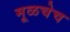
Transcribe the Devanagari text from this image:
मूळचेच